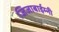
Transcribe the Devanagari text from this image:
जिजाबाईम्नी